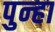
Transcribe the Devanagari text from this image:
पुन्‍हा